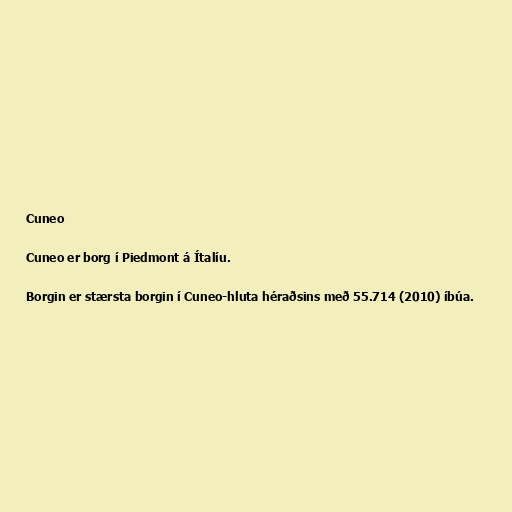
Cuneo

Cuneo er borg í Piedmont á Ítalíu.

Borgin er stærsta borgin í Cuneo-hluta héraðsins með 55.714 (2010) íbúa.